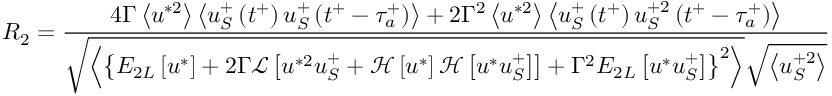
R _ { 2 } = \frac { 4 \Gamma \left< u ^ { * 2 } \right> \left< u _ { S } ^ { + } \left( t ^ { + } \right) u _ { S } ^ { + } \left( t ^ { + } - \tau _ { a } ^ { + } \right) \right> + 2 \Gamma ^ { 2 } \left< u ^ { * 2 } \right> \left< u _ { S } ^ { + } \left( t ^ { + } \right) u _ { S } ^ { + 2 } \left( t ^ { + } - \tau _ { a } ^ { + } \right) \right> } { \sqrt { \left< \left\{ E _ { 2 L } \left[ u ^ { * } \right] + 2 \Gamma \mathcal { L } \left[ u ^ { * 2 } u _ { S } ^ { + } + \mathcal { H } \left[ u ^ { * } \right] \mathcal { H } \left[ u ^ { * } u _ { S } ^ { + } \right] \right] + \Gamma ^ { 2 } E _ { 2 L } \left[ u ^ { * } u _ { S } ^ { + } \right] \right\} ^ { 2 } \right> } \sqrt { \left< u _ { S } ^ { + 2 } \right> } }